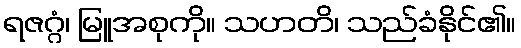
ရဇဂ္ဂံ၊ မြူအစုကို။ သဟတိ၊ သည်ခံနိုင်၏။